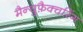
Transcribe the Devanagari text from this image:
मैन्युफ़ैक्चरिंग